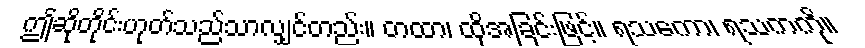
ဤဆိုတိုင်းဟုတ်သည်သာလျှင်တည်း။ တထာ၊ ထိုအခြင်းဖြင့်။ ရသကော၊ ရသကကို။